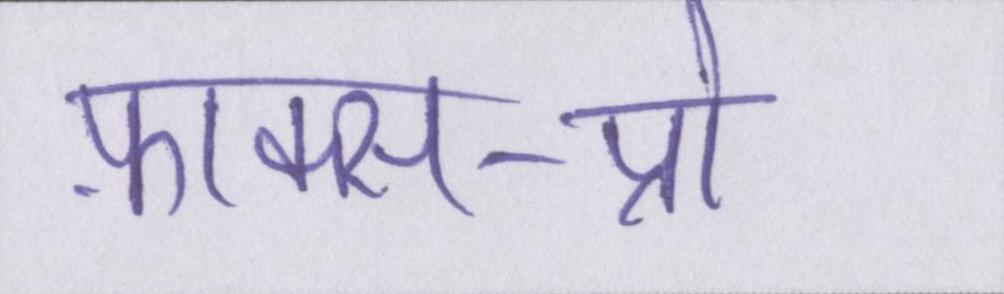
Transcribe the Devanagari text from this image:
फ़ाक्स-प्रो